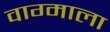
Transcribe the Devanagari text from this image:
वाग्माला